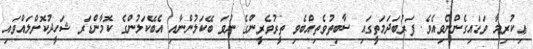
ޢިކުރިމާ ވަޑައިގެންނެވިއެވެ. ފަރުބަދަމަތީގައި ސާބިތުވެތިއްބެވި ތީރުވެރީންގެ ނުވަ ބޭކަލުންނާއި އެބޭކަލުންގެ ކޮމާންޑަރ ޝަހީދުކޮށްލައްވައި